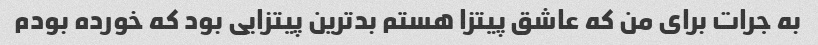
به جرات برای من که عاشق پیتزا هستم بدترین پیتزایی بود که خورده بودم